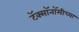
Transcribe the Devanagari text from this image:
टॅक्सॉनॉमीच्या